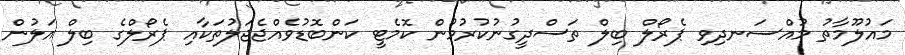
މައުލޫމާތު މުއްސަނދިވި ޕެރޯލް ބިލް ތަސްދީގުނުކުރުމުން ކޮމެޓީ ކަންބޮޑުވެއްޖެޖަލުތަކާއި ޕެރޯލްގެ ބިލް އަލުން